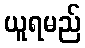
ယူရမည်